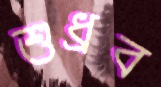
শুধ্‌রব